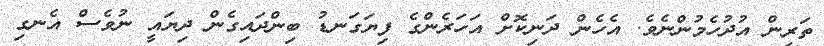
ތަރިން އުދުހެމުންނެވެ. އެހެން ދަނިކޮށް އަހަރެންގެ ފިޔަގަނޑު ބިންދައިގެން ދިޔައީ ނުވެސް އެނގި